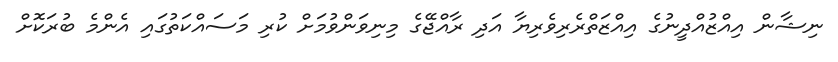
ނިޝާން އިއްޒުއްދީނުގެ އިއްޒަތްރެރިވެރިޔާ އަދި ރާއްޖޭގެ މިނިވަންވުމަށް ކުރި މަސައްކަތުގައި އެންމެ ބުރަކޮށް